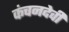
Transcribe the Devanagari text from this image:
कंचनदेवी